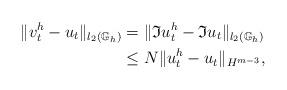
LaTeX: \begin{align*}\| v^h_t-u_t\|_{l_2(\mathbb{G}_h)} &=\| \mathfrak{I}u^h_t-\mathfrak{I}u_t\|_{l_2(\mathbb{G}_h)} \\& \leq N \|u^h_t-u_t\|_{H^{m-3}}, \end{align*}